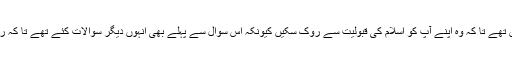
گویا یہودی بہانے کی تلاش میں تھے تا کہ وہ اپنے آپ کو اسلام کی قبولیت سے روک سکیں کیونکہ اس سوال سے پہلے بھی انہوں دیگر سوالات کئے تھے تا کہ رسول اکرم کی نبوت کو آزمائیں۔